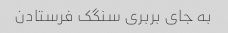
به جای بربری سنگک فرستادن